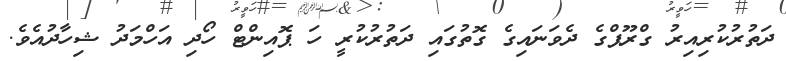
ދަތުރުކުރިއިރު ގްރޫޕްގެ ދެވަނައިގެ ގޮތުގައި ދަތުރުކުރީ ހަ ޕޮއިންޓް ހޯދި އަހްމަދު ޝިހާދުއެވެ.